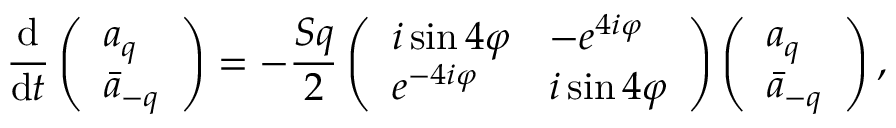
\frac { \mathrm { d } } { \mathrm { d } t } \left( \begin{array} { l } { a _ { q } } \\ { \Bar { a } _ { - q } } \end{array} \right) = - \frac { S q } { 2 } \left( \begin{array} { l l } { i \sin { 4 \varphi } } & { - e ^ { 4 i \varphi } } \\ { e ^ { - 4 i \varphi } } & { i \sin { 4 \varphi } } \end{array} \right) \left( \begin{array} { l } { a _ { q } } \\ { \Bar { a } _ { - q } } \end{array} \right) ,